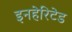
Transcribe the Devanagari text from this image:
इनहेरिटेड